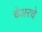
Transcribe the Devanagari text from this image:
चेअरचे